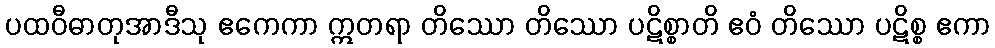
ပထဝီဓာတုအာဒီသု ဧကေကာ ဣတရာ တိဿော တိဿော ပဋိစ္စာတိ ဧဝံ တိဿော ပဋိစ္စ ဧကာ